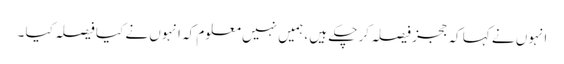
انہوں نے کہا کہ ججز فیصلہ کر چکے ہیں ، ہمیں نہیں معلوم کہ انہوں نے کیا فیصلہ کیا ۔